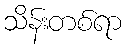
သိန်းတစ်ရာ